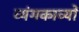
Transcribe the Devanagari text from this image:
व्यंगकाव्यों